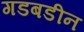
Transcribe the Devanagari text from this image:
गडबडीन